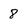
Character: 8